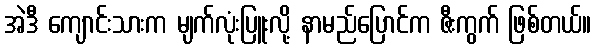
အဲဒီ ကျောင်းသားက မျက်လုံးပြူးလို့ နာမည်ပြောင်က ဇီးကွက် ဖြစ်တယ်။